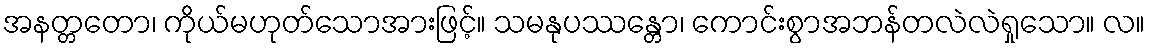
အနတ္တတော၊ ကိုယ်မဟုတ်သောအားဖြင့်။ သမနုပဿန္တော၊ ကောင်းစွာအဘန်တလဲလဲရှုသော။ လ။